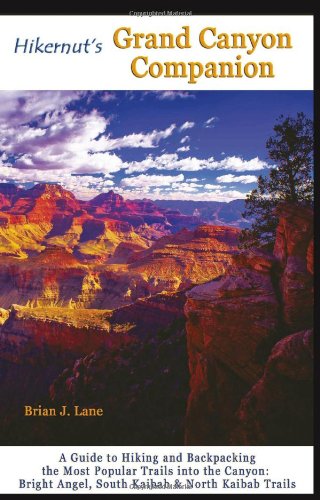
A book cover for Hikernut's Grand Canyon Companion: A Guide to Hiking and Backpacking the Most Popular Trails into the Canyon (Second Edition); Brian Lane; Travel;